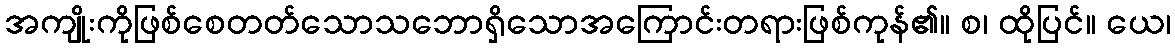
အကျိုးကိုဖြစ်စေတတ်သောသဘောရှိသောအကြောင်းတရားဖြစ်ကုန်၏။ စ၊ ထိုပြင်။ ယေ၊